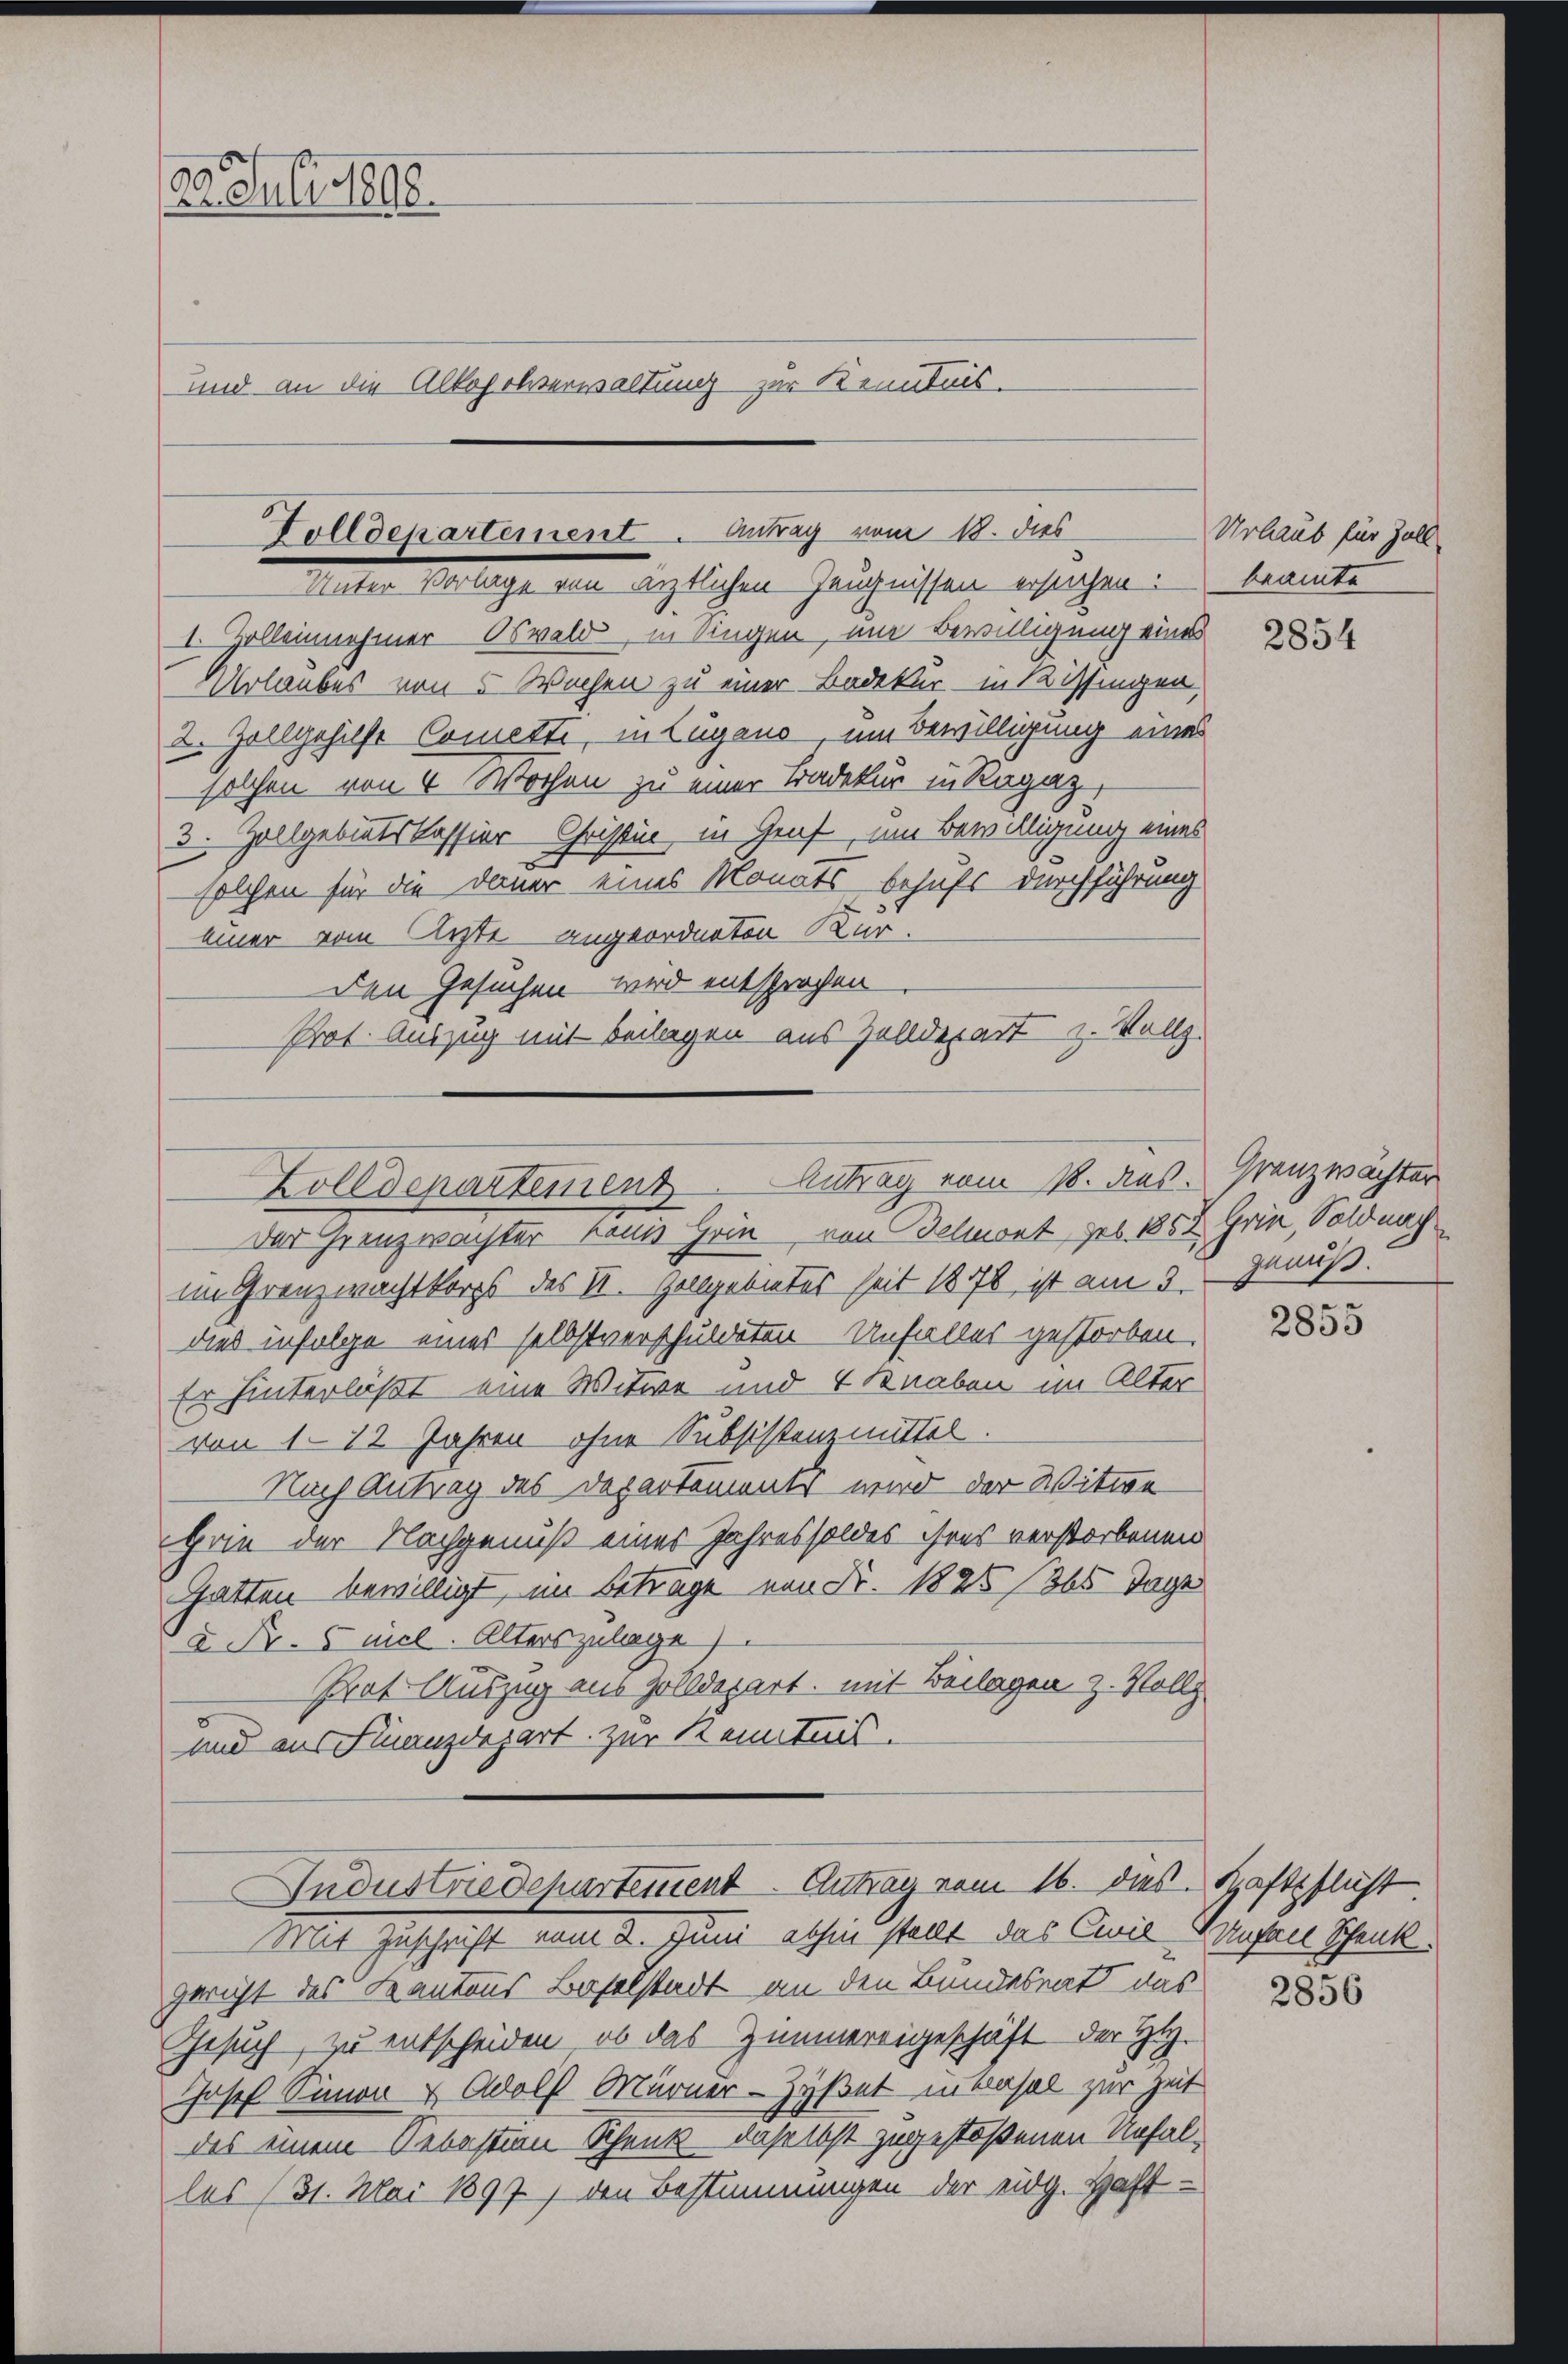
22. Juli 1898.
und an die Alkoholverwaltung zur Kenntnis.

Zolleinehmer Oswald, in singen, um Bewilligung eines
Urlaubes von 5 Wochen zu einer Badekur in Kissingen,
2. Zollgehilft Comette, in Lugano, um Bewilligung eines
solchen von 4 Wochen zu einer Tradekur in Ragaz
3. Zollgebietskassier Christin in Genf, um Bewilligung eines
solchen für die Dauer eines Monats behufs durchführung
einer vom Arzte angeordneten Kurden Gesuchen wird entsprochen
Prot. Auszug mit Beilagen aus Zolldepart u. Vollz

Folldekartement. Antrag vom 18. dies
Meter Verlage ein länglichen Zeugnissen ersiegen.

Zolldepartement Antrag vom 18. des Grenzwächter
Der Grenzwachter kanns Hein von Belmont, geb. 1858 Grie, Soldnach

im Grenzwachtkorps des II. Zollgebietes seit 1878 ist am 3. Genuß.
dies infolge eines selbstverschuldeten Unfalles gestorben.
Er hinterläßt eine Witwe und 4 Knaben im Alter
von 112 Jahren ohne Subsistenzmittel.
Nach Antrag des Departements wird der Witwe
Hrie der Nachgenuß eines Jahres soldes ihres verstorbenen
Gatten bewilligt, im Betrage von Fr. 1825 des Tage
2 Fr. 5 mil. Alterszulage)
Prat Auszug aus Zolldepart, mit Beilagen z. Vollz
und aus Finanzdepart zur Kenntnis.
Industriedepartement. Antrag vom 16. dies. Schaftpflicht
Mit Zuschrift vom 2. Juni abhin stellt das Civil Kaufall Schenk
gericht des Kantons Baselstadt an den Bundesrath das
Gesuch, zu entscheiden, ob das Zimmereigeschäft der Hy.
Josef Simon & Adolf Murner-Zyßet in Basel zur Zeit
das einem Sebastion Schenk daselbst zugestoßenen Unfallas (31. Mai 1897, den Bestimmungen der eidg. Haft-

Urlaub für Zoll-
beamte

2854

2855

2856